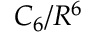
C _ { 6 } / R ^ { 6 }